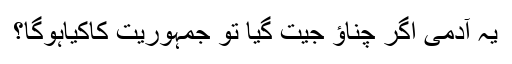
یہ آدمی اگر چناؤ جیت گیا تو جمہوریت کاکیاہوگا؟